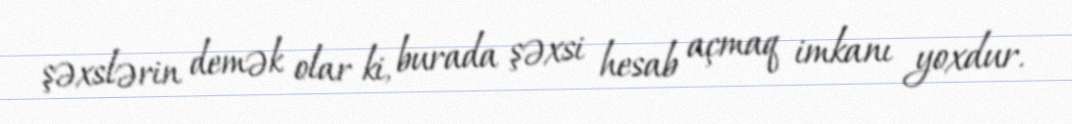
şəxslərin demək olar ki, burada şəxsi hesab açmaq imkanı yoxdur.